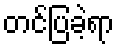
တင်ပြခဲ့ရာ